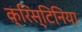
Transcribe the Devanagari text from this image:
क्रिस्टिनिया